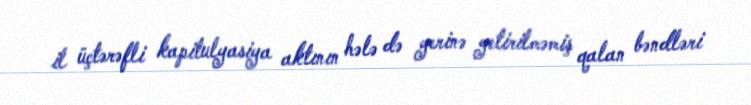
il üçtərəfli kapitulyasiya aktının hələ də yerinə yetirilməmiş qalan bəndləri